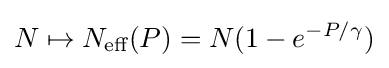
N\mapsto N_{\text{eff}}(P)=N(1-e^{-P/\gamma })